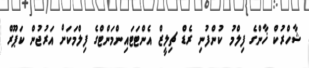
ޝާހްރުކް ޚާންގެ ފިލްމު ކުންފުނި ރެޑް ޗިލީޒް އެންޓަޓައިންމަންޓްގެ ފިލްމަކަށް އަރުޖުން ކަޕޫރް